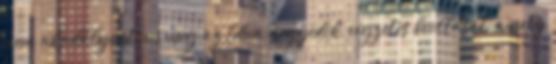
nem akadályoztam meg az Edua negyedik, végzetes beoltását, amely